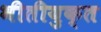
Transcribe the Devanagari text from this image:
भीतीयुक्त